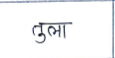
मजकूर: तुला